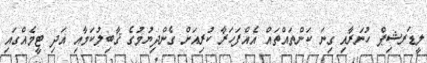
ލީޑަރޝިޕް ހުނަރާއި ގިނަ ކަންތައްތައް އެއްފަހަރާ ކުރިއަށް ގެންދިޔުމުގެ ޤާބިލުކަމާއި އަދި ޓީމެއްގައި